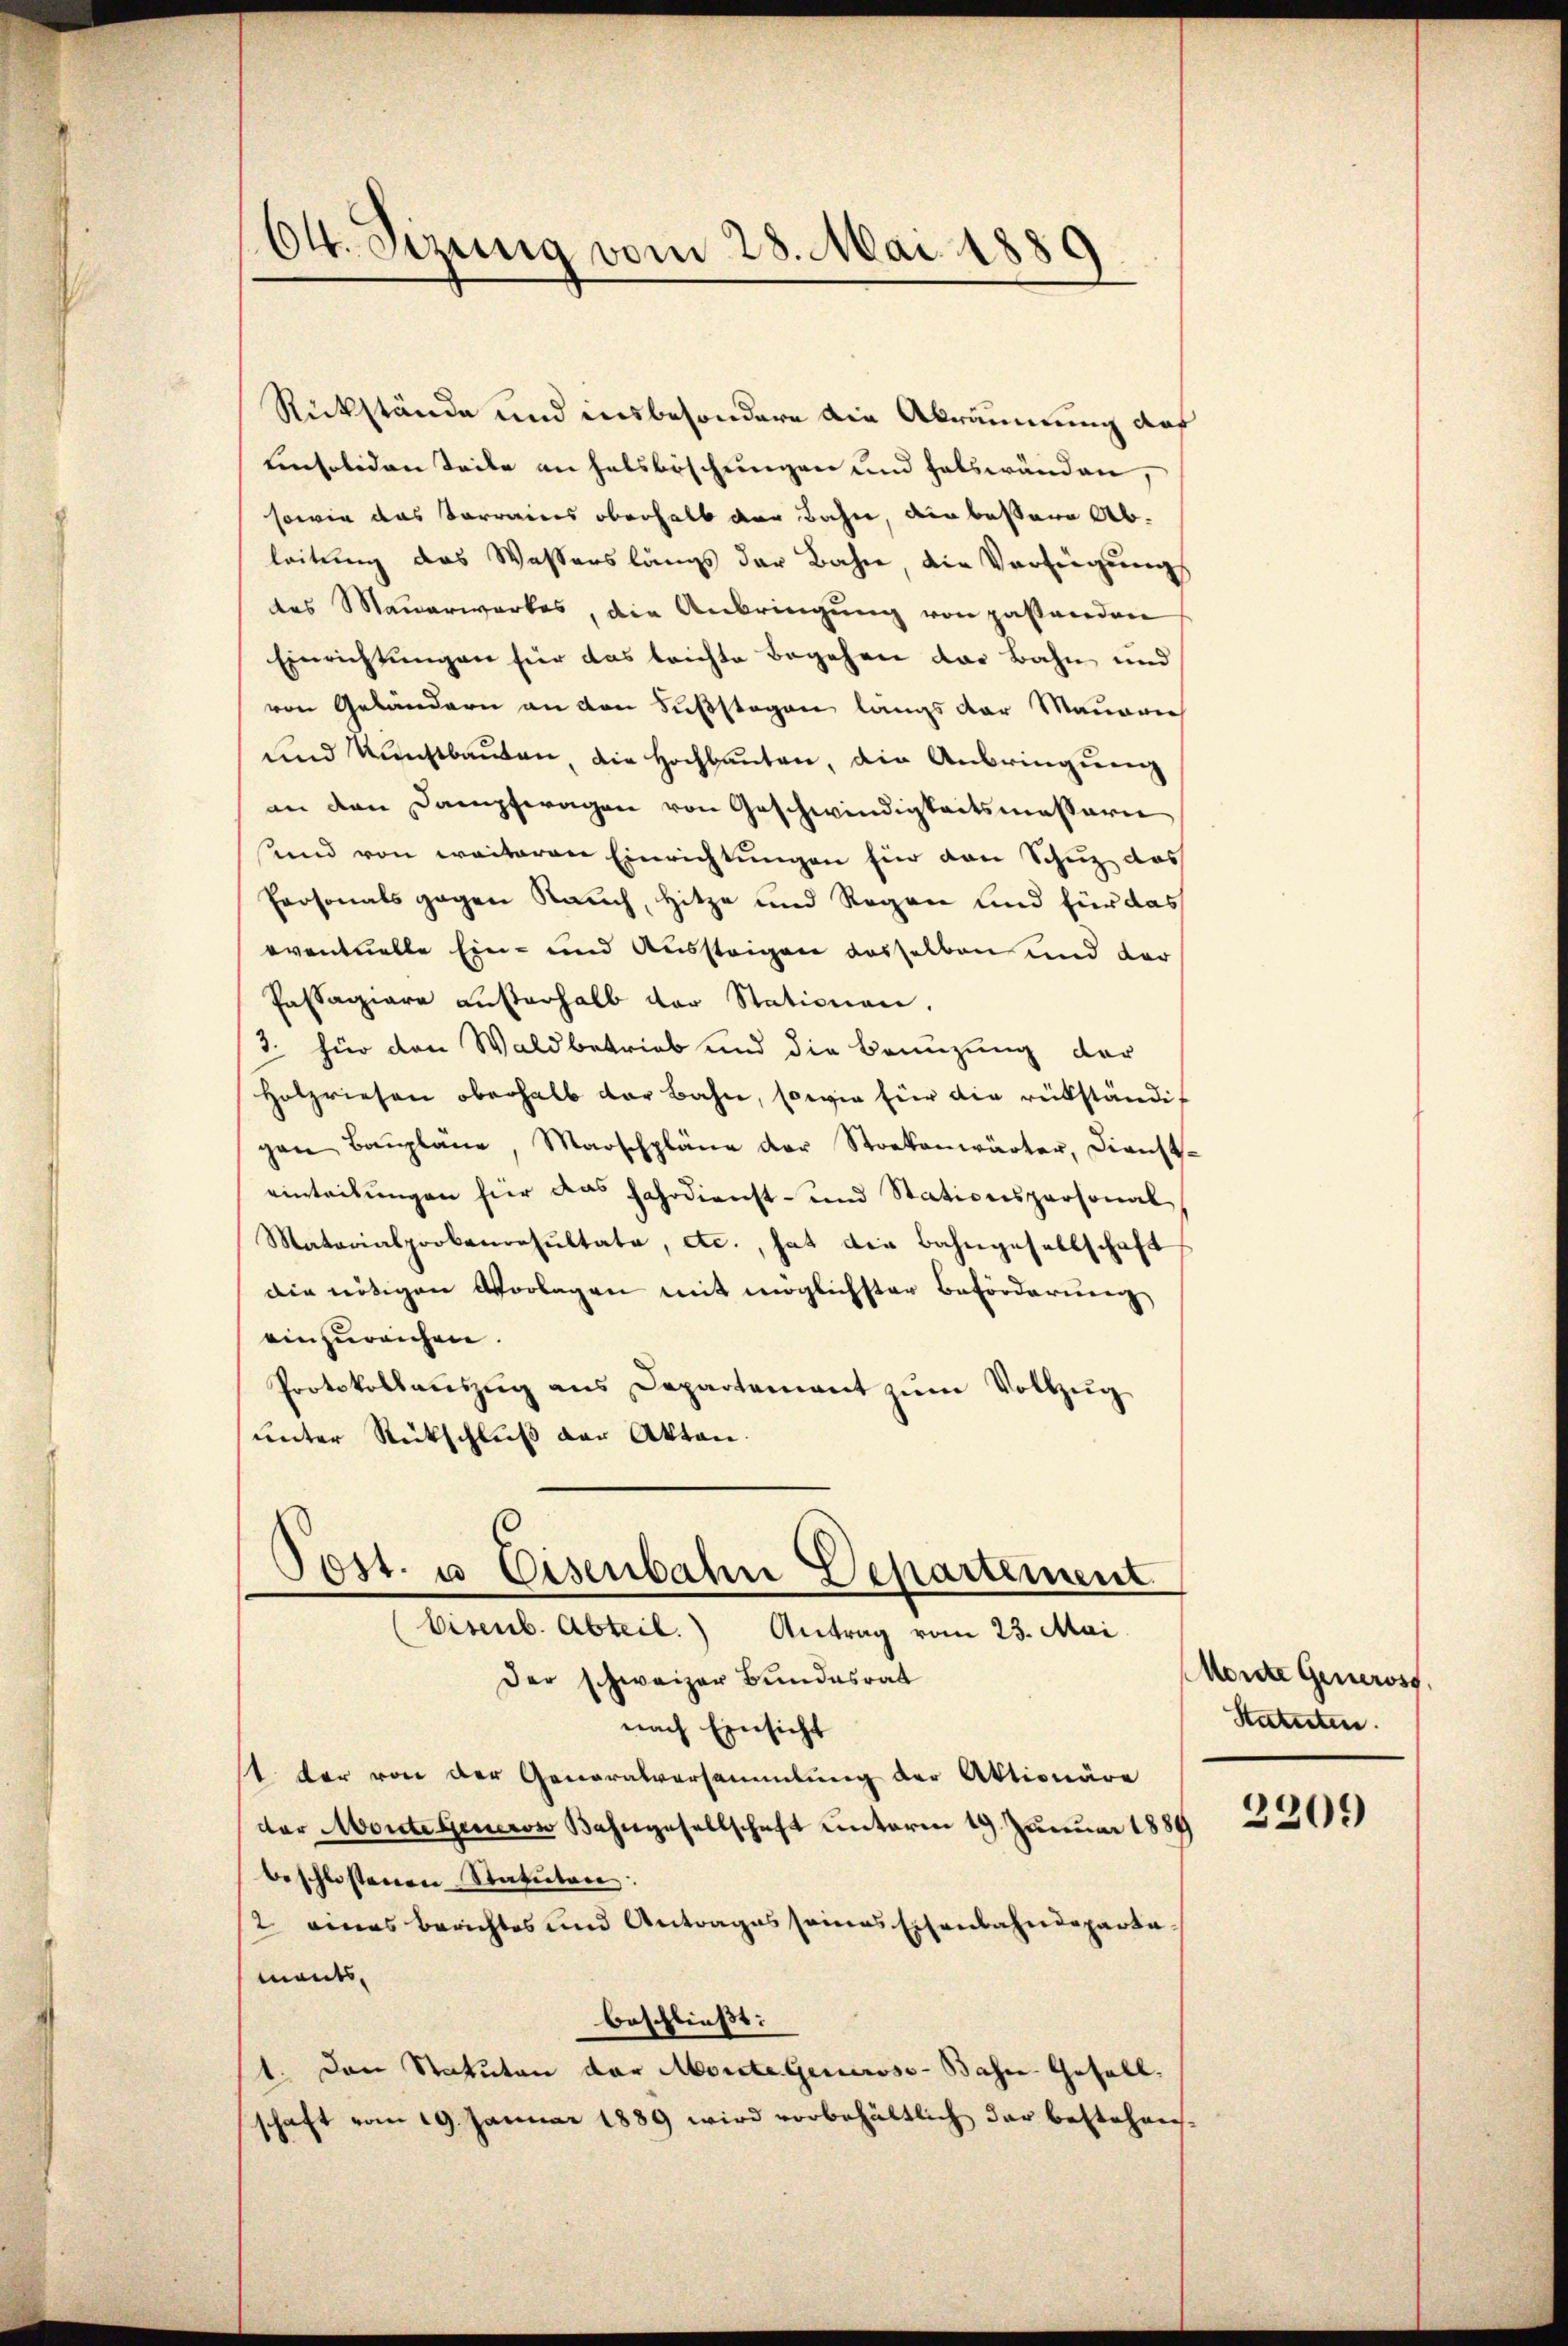
64. Sizung vom 28. Mai 1889.

Rückstände und insbesondere die Abräumung auf
Linsoliden Seile an Halsböschungen und falswänden,
sowie das Vorraines oberhalb der Bahn, die bessere Ableitung das Wassers längs der Bahn, die Verfügung
des Mauerwerkes, die Anbringŭng von pastanden
Einrichtungen für das leichte Begehen das Bahn und
von Geländern an den Fußstagen langs der Mauern
und Kunstbauten, die Hochbauten, die Anbringung
an den Dampfwagen von Geschwindigkeitsmassarie
send von weiteren Einrichtungen für den Schuz das
Personals gegen Rauch, Hitze und Regen und für das
oventuelle Ein- und Aussteigen dasselben und der
Passagiare außerhalb der Stationen
3. für den Waldbetrieb und die Beinzung der
Holzriesen oberhalb der Bahn, sowie für die rükständig
gen Baŭpläne, Marschpläne der Stockenwärter, Dienst-
einteilŭngen für das Fahrdienst- und Stationspersonal
Matorialprokanonsultate, etc., hat die Bahngesellschaft
die nötigen Vorlagen mit möglichster Beförderung
einzureichen.
Protokollaŭszŭg ans Departement zŭm Vollzŭg
unter Rückschluß der Akten.
Post. u. Eisenbahn Departement
bisenb. Abteil. Antrag vom 23. Mai
Der schweizer Bundesrat
nach Einsicht
st der von der Generalversammlung der Aktionäre
der Monte Generon Bahngesellschaft unterm 19. Januar 1889
beschlossenen Statuten:
2 eines Berichtes und Antrages seines Eisenbahndeparta
mants,
beschließt:
1. Den Statuten der Morite Generoso- Bahre Gefall.
schaft vom 19. Januar 1889 wird vorbehältlich der bestehen¬

Morite Generost.
Statuten.

2209